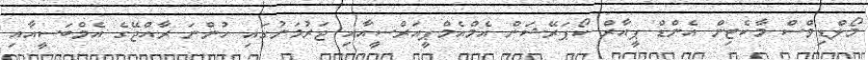
މޯލްޑިވްސް މާކެޓިން އެންޑް ޕީއާރް ކޯޕަރޭޝަން އެމްއެމްޕީއަރްސީއާއި ޖަރުމަނުގައި ހުންނަ ރާއްޖޭގެ އެމްބަސީއާއި